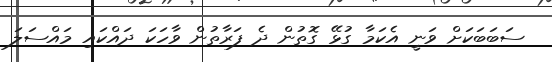
ސަބަބަކަށް ވަނީ އެކަމާ ގުޅޭ ގޮތުން ދެ ފަރާތުން ވާހަކަ ދައްކައި މައްސަލަ